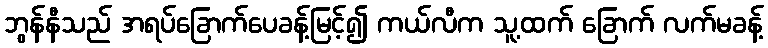
ဘွန်နီသည် အရပ်ခြောက်ပေခန့်မြင့်၍ ကယ်လီက သူ့ထက် ခြောက် လက်မခန့်